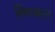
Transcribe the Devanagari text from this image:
सिब्‍बल